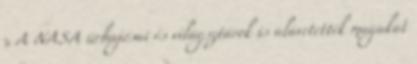
x A NASA űrhajósai és világsztárok is alávetették magukat